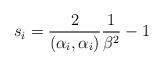
LaTeX: \begin{align*}s_i=\frac{2}{(\alpha_i,\alpha_i)}\frac{1}{\beta^2}-1\end{align*}